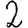
Digit: 2